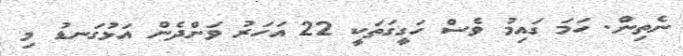
ނެތިން. ހަމަ ގައިމު ވެސް ހަގީގަތަކީ 22 އަހަރު ވަންދެން އަޅުގަނޑު މި